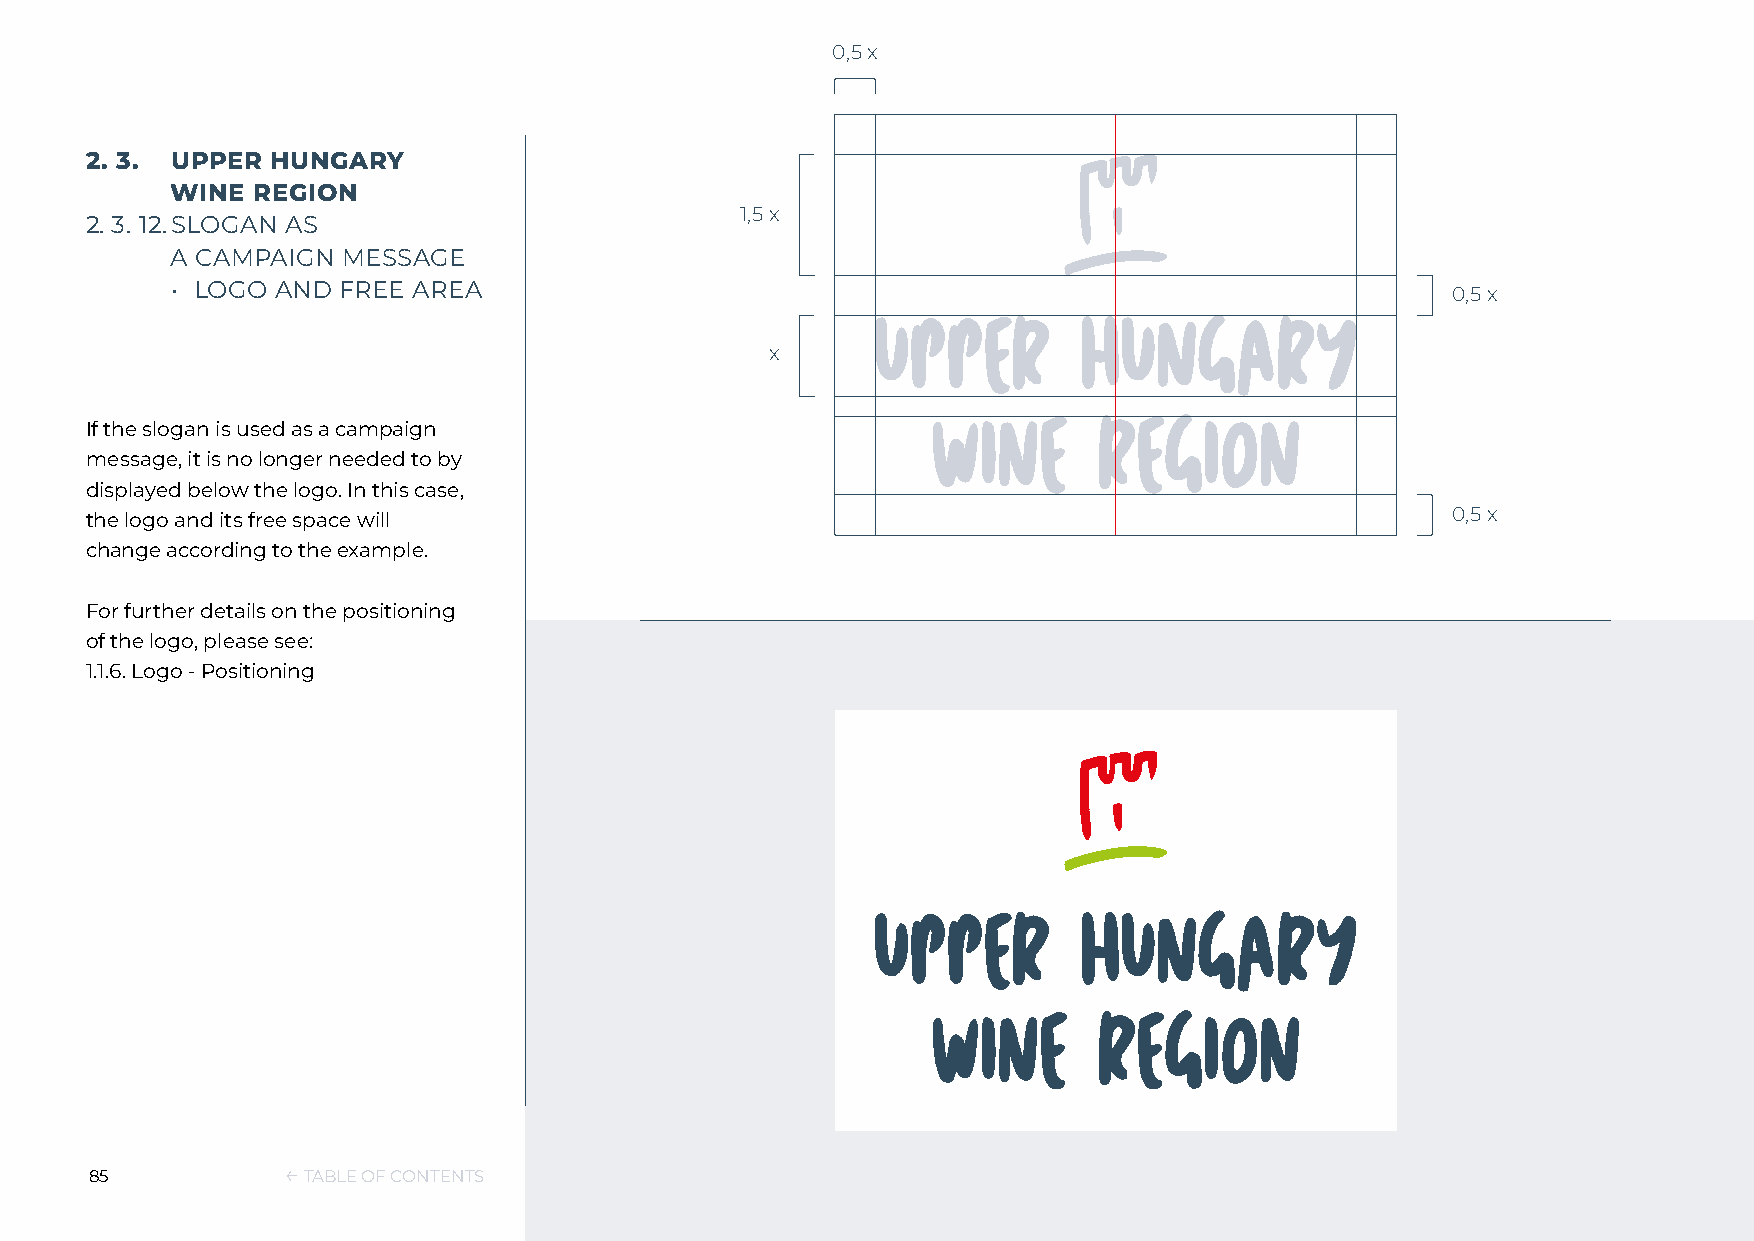
0,5 x
 2. 3. UPPER HUNGARY
 WINE  REGION
 1,5 x
 2. 3. 12. SLOGAN AS
 A CAMPAIGN  MESSAGE
 • LOGO AND  FREE AREA
 0,5 x
 x
 If the slogan is used as a campaign
 message, it is no longer needed to by
 displayed below the logo. In this case,
 the logo and its free space will                                                          0,5 x
 change according to the example.
 For further details on the positioning
 of the logo, please see:
 1.1.6. Logo - Positioning
 85           ← TABLE OF CONTENTS